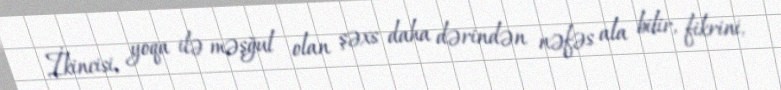
İkincisi, yoqa ilə məşğul olan şəxs daha dərindən nəfəs ala bilir, fikrini,